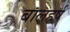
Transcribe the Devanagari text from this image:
बालहर्ष